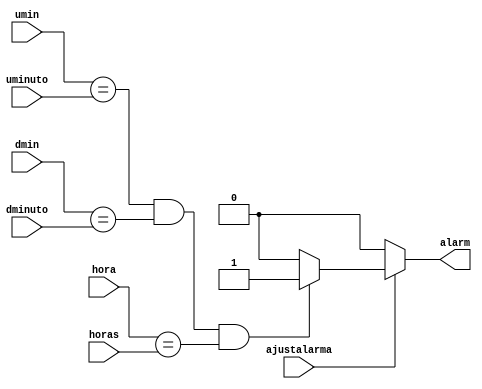
`timescale 1ns / 1ps
//////////////////////////////////////////////////////////////////////////////////
// Company: 
// Engineer: 
// 
// Design Name: 
// Module Name:    Alarma 
// Project Name: 
// Target Devices: 
// Tool versions: 
// Description: 
//
// Dependencies: 
//
// Revision: 
// Revision 0.01 - File Created
// Additional Comments: 
//
//////////////////////////////////////////////////////////////////////////////////
module Alarma(ajustalarma,umin, dmin, hora, uminuto, dminuto, horas, alarm);
    
   input ajustalarma;	 
	input [3:0]umin, dmin, hora, uminuto, dminuto, horas;
	output reg alarm;
	
	always @(*)
	       begin
			 if (ajustalarma)
			    begin
				 if (umin==uminuto && dmin==dminuto && hora==horas)
					  begin
					  alarm = 1;
				 end
				 else begin
					  alarm =  0;
				  end
			  end
			 else begin
			      alarm = 0;
			 end 
    end					
endmodule